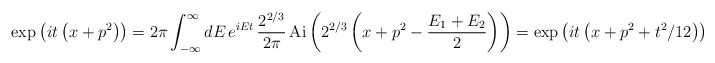
\begin{align*}\exp_{\*} \left( it\left( x+p^{2}\right)\right) =2\pi \int_{-\infty}^{\infty }dE\,e^{iEt}\,\frac{2^{2/3}}{2\pi}\,\mathrm{Ai}\left( 2^{2/3}\left( x+p^{2}-\frac{E_{1}+E_{2}}{2}\right)\right) =\exp \left( it\left( x+p^{2}+t^{2}/12\right) \right) . \end{align*}